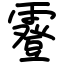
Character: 霯